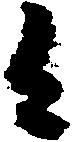
々